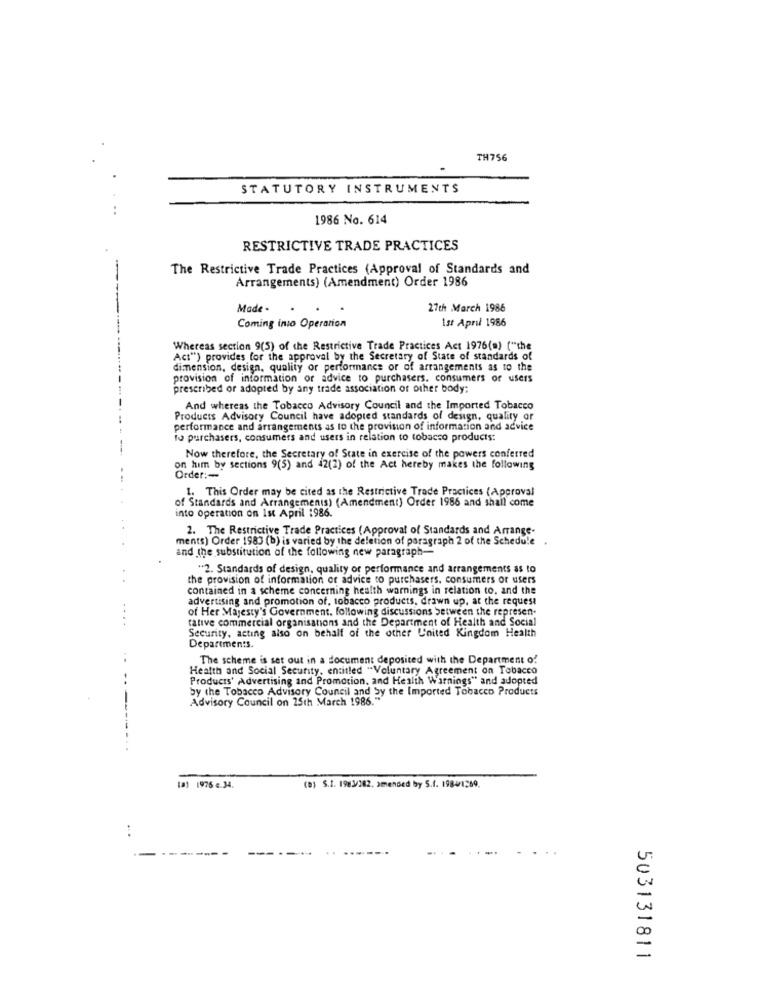
TH756
STATUTORY INSTRUMENTS
..
1986 No. 614
RESTRICTIVE TRADE PRACTICES
The Restrictive Trade Practices (Approval of Standards and
Arrangements) (Amendment) Order 1986
Made -
27th March 1986
Ist April 1986
Coming into Operation
Whereas section 9(5) of the Restrictive Trade Practices Act 1976(a) ("the
Act") provides for the approval by the Secretary of State of standards of
dimension, design, quality or performance or of arrangements as to the
provision of information or advice to purchasers. consumers of users
prescribed or adopted by any trade association of other body:
And whereas the Tobacco Advisory Council and the Imported Tobacco
Products Advisory Council have adopted standards of design, quality or
performance and arrangements as to the provision of information and advice
to purchasers, consumers and users in relation to tobacco products:
Now therefore, the Secretary of State in exercise of the powers conferred
on him by sections 9(5) and 42(2) of the Act hereby makes the following
Order :-
1. This Order may be cited as the Restrictive Trade Practices (Approval
of Standards and Arrangements) (Amendment) Order 1986 and shall come
into operation on Ist April 1986.
2. The Restrictive Trade Practices (Approval of Standards and Arrange-
ments) Order 1983 (b) is varied by the deletion of paragraph 2 of the Schedule
and the substitution of the following new paragraph-
"2. Standards of design, quality of performance and arrangements as to
the provision of information of advice to purchasers. consumers or users
contained in a scheme concerning health warnings in relation to, and the
advertising and promotion of, tobacco products, drawn up, at the request
of Her Majesty's Government, following discussions between the represen-
tative commercial organisations and the Department of Health and Social
Security, acting also on behalf of the other United Kingdom Health
Departments.
The scheme is set out in a document deposited with the Department of
Health and Social Security, entitled "Voluntary Agreement on Tobacco
-.
Products' Advertising and Promotion, and Health Warnings" and adopted
by the Tobacco Advisory Council and by the Imported Tobacco Products
Advisory Council on 25th March 1986."
(8) 1976 €.34.
(0) S.I. 1983/282. amended by S.f. 1984/1289.
:
-
503131811